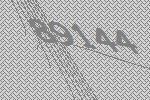
89144